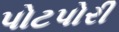
પોટપોરી